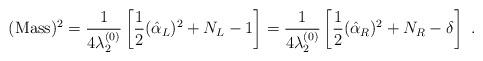
LaTeX: \begin{align*}({\rm Mass})^2 = {1\over 4\lambda_2^{(0)}} \left[ {1\over 2}(\hat{\alpha}_L)^2 + N_L - 1\right]= {1\over 4\lambda_2^{(0)}} \left[ {1\over 2} (\hat{\alpha}_R)^2 + N_R -\delta\right] ~.\end{align*}